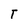
Character: T